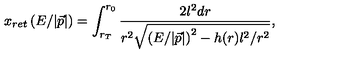
x _ { r e t } \left( E / | \vec { p } | \right) = \int _ { r _ { T } } ^ { r _ { 0 } } \frac { 2 l ^ { 2 } d r } { r ^ { 2 } \sqrt { \left( E / | \vec { p } | \right) ^ { 2 } - h ( r ) l ^ { 2 } / r ^ { 2 } } } ,